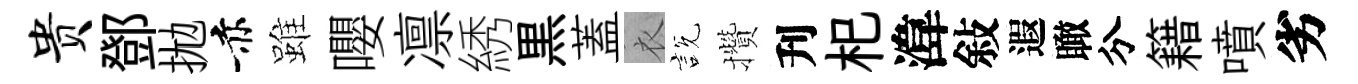
贵鄧拋赤雖嚶凛綉黒蓋衣説攢刋𣏌湋敍遐瞰分籍噴劣